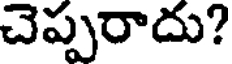
చెప్పరాదు?